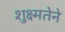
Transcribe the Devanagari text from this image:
शुक्ष्मतेने